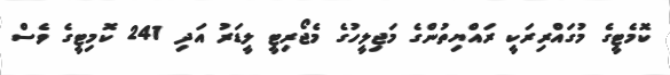
ކޮމެޓީގެ މުގައްރިރަކީ ރައްޔިތުންގެ މަޖިލީހުގެ މެޖޯރިޓީ ލީޑަރު އަދި 241 ކޮމިޓީގެ ވެސް